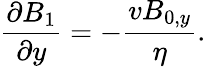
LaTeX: \frac{\partial B_{1}}{\partial y}=-\frac{vB_{0,y}}{\eta}.